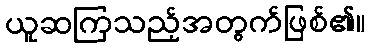
ယူဆကြသည့်အတွက်ဖြစ်၏။